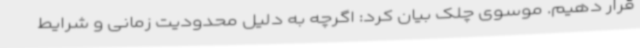
قرار دهیم. موسوی چلک بیان کرد: اگرچه به دلیل محدودیت زمانی و شرایط